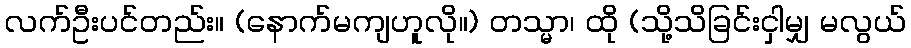
လက်ဦးပင်တည်း။ (နောက်မကျဟူလို။) တသ္မာ၊ ထို (သို့သိခြင်းငှါမျှ မလွယ်